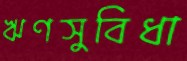
ঋণসুবিধা